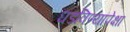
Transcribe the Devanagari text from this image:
घडविण्यापेक्षा